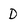
Character: D